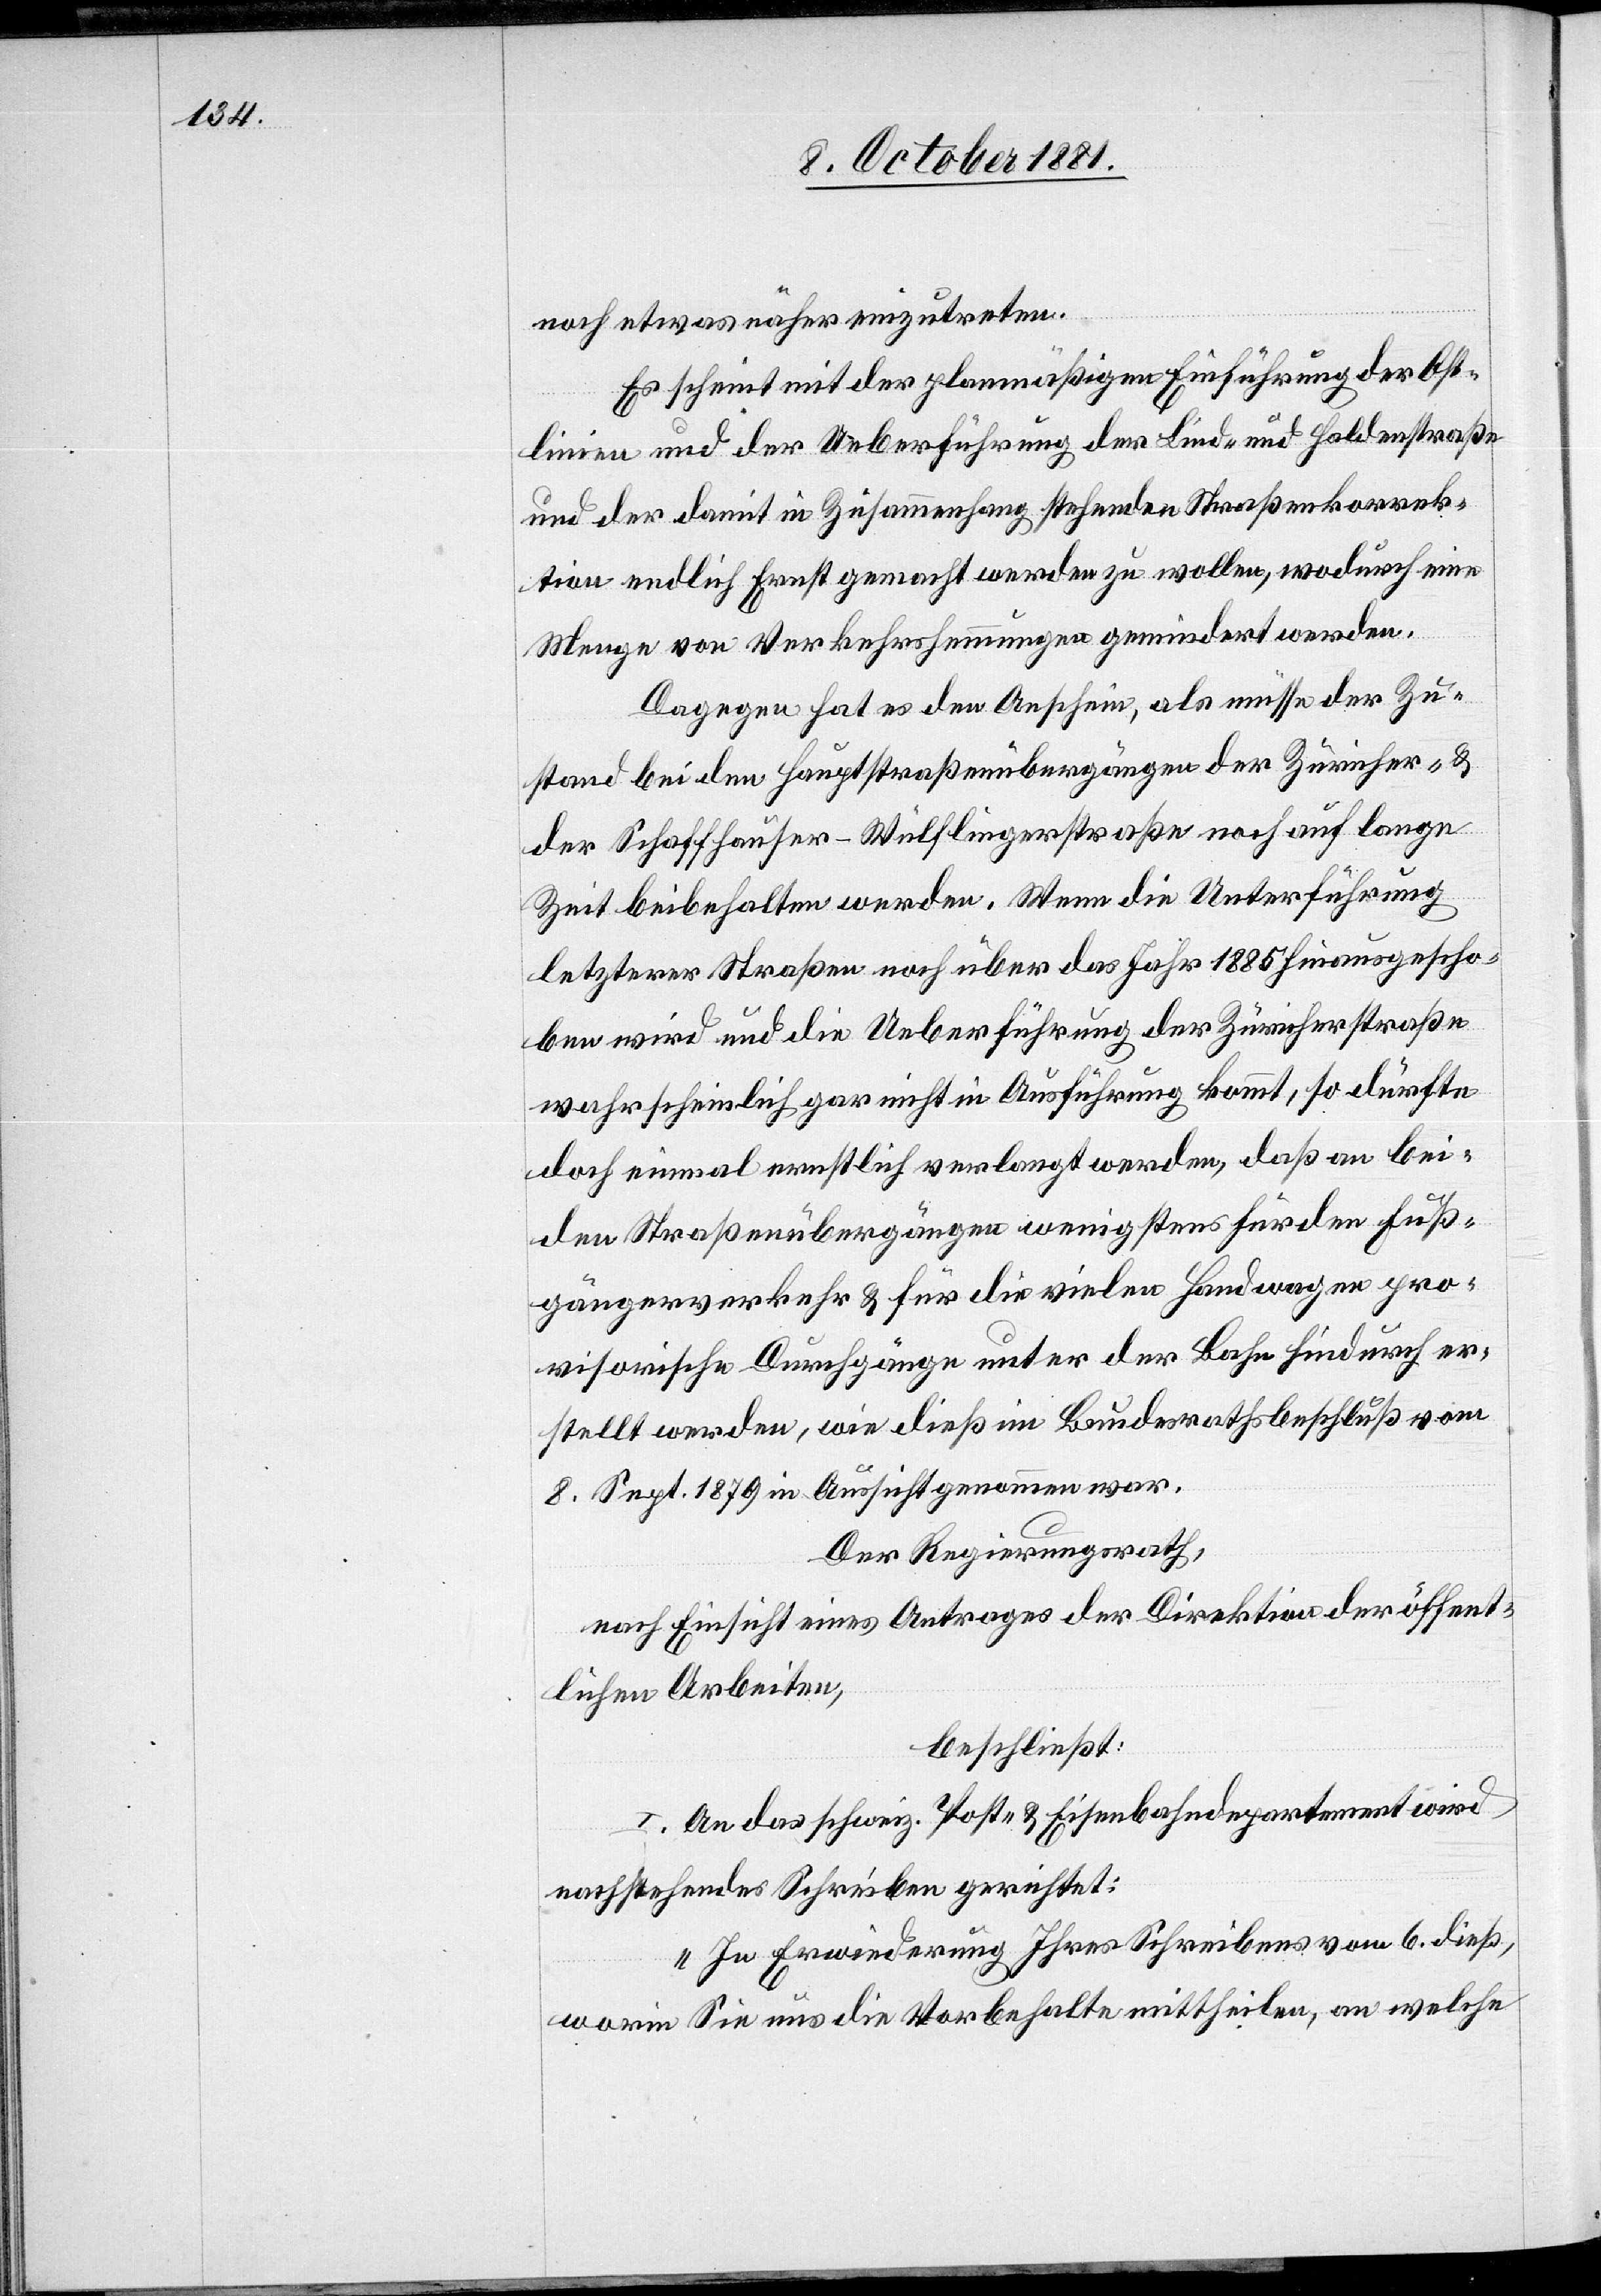
noch etwas näher einzutreten.
Es scheint mit der planmäßigen Einführung der Ost¬
linien und der Ueberführung der Lind- und Haldenstraße
und der damit in Zusammenhang stehenden Straßenkorrek¬
tion endlich Ernst gemacht werden zu wollen, wodurch eine
Menge von Verkehrshemmungen gemindert werden.
Dagegen hat es den Anschein, als müsse der Zu¬
stand bei den Hauptstraßenübergängen der Züricher- &
der Schaffhauser-Wülflingerstraße noch auf lange
Zeit beibehalten werden. Wenn die Unterführung
letzterer Straßen noch über das Jahr 1885 hinausgescho¬
ben wird und die Ueberführung der Zürcherstraße
wahrscheinlich gar nicht in Ausführung kommt, so dürfte
doch einmal ernstlich verlangt werden, daß an bei¬
den Straßenübergängen wenigstens für den Fuß¬
gängerverkehr & für die vielen Handwagen pro¬
visorische Durchgänge unter der Bahn hindurch er¬
stellt werden, wie dieß im Bundesrathsbeschluß vom
8. Sept. 1879 in Aussicht genommen war.
Der Regierungsrath,
nach Einsicht eines Antrages der Direktion der öffent¬
lichen Arbeiten,
beschließt:
I. An das schweiz. Post- & Eisenbahndepartement wird
nachstehendes Schreiben gerichtet:
„In Erwiederung Ihres Schreibens vom 6. dieß,
worin Sie uns die Vorbehalte mittheilen, an welche